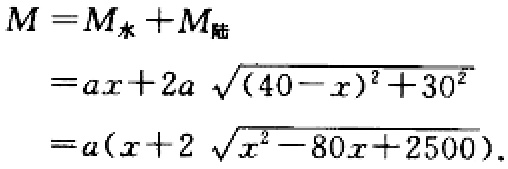
\[

\begin{align*}

M&=M_{水}+M_{陆}\\

&=ax + 2a\sqrt{(40 - x)^{2}+30^{2}}\\

&=a(x + 2\sqrt{x^{2}-80x + 2500}).

\end{align*}

\]